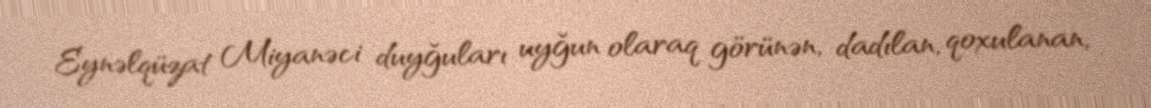
Eynəlqüzat Miyanəci duyğuları uyğun olaraq görünən, dadılan, qoxulanan,